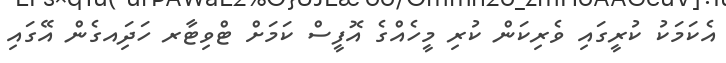
އެކަމަކު ކުރީގަައި ވެރިކަން ކުރި މީހެއްގެ އޮފީސް ކަމަށް ޓްވިޓާރ ހަދަިއގެން އޭގައި